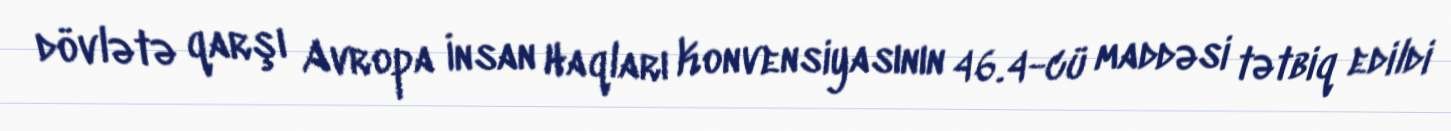
dövlətə qarşı Avropa İnsan Haqları Konvensiyasının 46.4-cü maddəsi tətbiq edildi